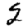
Digit: 2